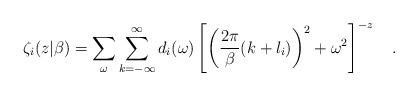
LaTeX: \begin{align*}\zeta_i(z|\beta)=\sum_{\omega}\sum_{k=-\infty}^{\infty}d_i(\omega)\left[\left({2\pi \over \beta}(k+l_i)\right)^2+\omega^2\right]^{-z}~~~.\end{align*}